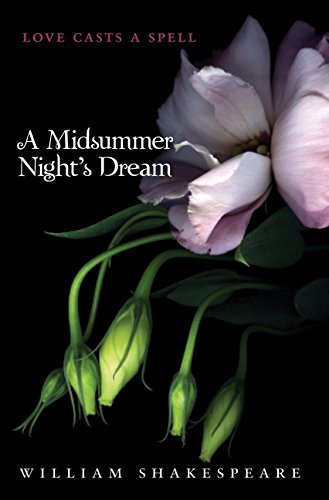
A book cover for A Midsummer Night's Dream; William Shakespeare; Teen & Young Adult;